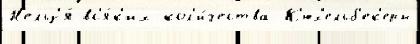
Н'ельз'я́ вс'я́к'их кол'и́чества К'юх'ельб'ек'еры